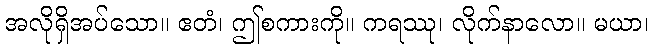
အလိုရှိအပ်သော။ ဧတံ၊ ဤစကားကို။ ကရဿု၊ လိုက်နာလော။ မယာ၊